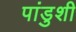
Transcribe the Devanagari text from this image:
पांडुशी